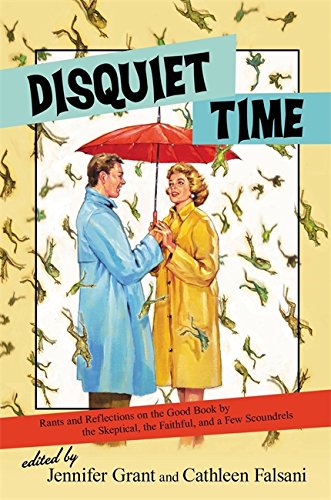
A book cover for Disquiet Time: Rants and Reflections on the Good Book by the Skeptical, the Faithful, and a Few Scoundrels; Humor & Entertainment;